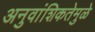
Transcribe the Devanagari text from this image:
अनुवांशिकतेमुळे